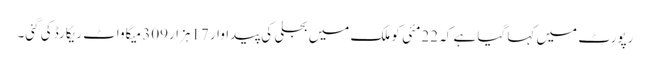
رپورٹ میں کہا گیا ہے کہ 22مئی کو ملک میں بجلی کی پیداوار 17ہزار309 میگاواٹ ریکارڈ کی گئی۔